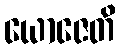
ယောဇေတိ